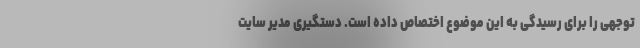
توجهی را برای رسیدگی به این موضوع اختصاص داده است. دستگیری مدیر سایت